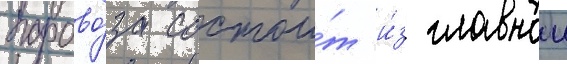
парово́за состои́т и́з главнои